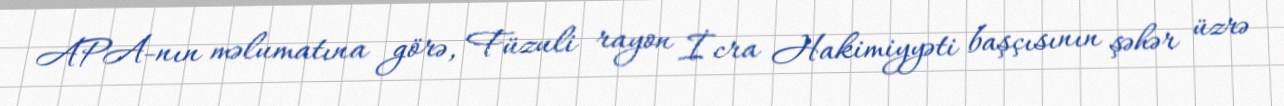
APA-nın məlumatına görə, Füzuli rayon İcra Hakimiyyəti başçısının şəhər üzrə